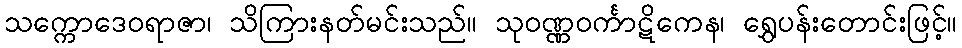
သက္ကောဒေဝရာဇာ၊ သိကြားနတ်မင်းသည်။ သုဝဏ္ဏဝင်္ကာဋိကေန၊ ရွှေပန်းတောင်းဖြင့်။